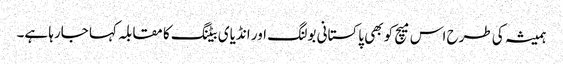
ہمیشہ کی طرح اس میچ کو بھی پاکستانی بولنگ اور انڈیای بیٹنگ کا مقابلہ کہا جارہا ہے۔